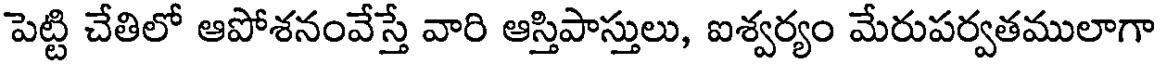
పెట్టి చేతిలో ఆపోశనంవేస్తే వారి ఆస్తిపాస్తులు, ఐశ్వర్యం మేరుపర్వతములాగా